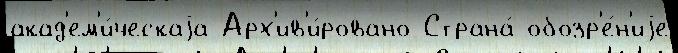
акад'ем'и́ческаjа Арх'ив'и́ровано Страна́ обозр'е́н'иjе